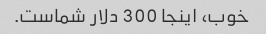
خوب، اینجا 300 دلار شماست.